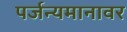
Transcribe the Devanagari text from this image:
पर्जन्यमानावर